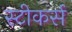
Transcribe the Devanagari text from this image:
स्टीकर्स